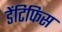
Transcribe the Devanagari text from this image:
डेंटिफिस